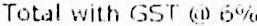
TOTAL WITH GST @ 6%